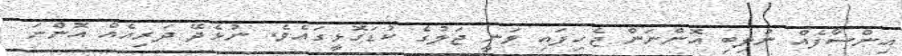
އިންސާފެއް ނުލިބި އޮންނަން ޖެހިފައި ވަނީ ޖަލުގެ ކުޑަގޮޅީގައެވެ. ނުޅެދޭ ދަރިއެއް އޮންނަ